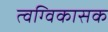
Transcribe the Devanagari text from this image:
त्वग्विकासक